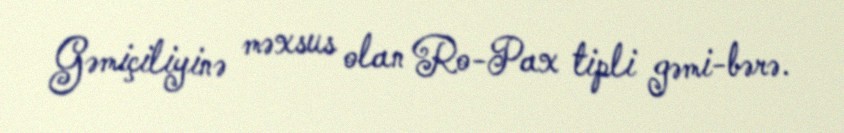
Gəmiçiliyinə məxsus olan Ro-Pax tipli gəmi-bərə.